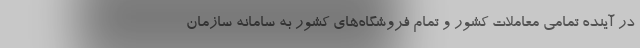
در آینده تمامی معاملات کشور و تمام فروشگاه‌های کشور به سامانه سازمان